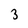
Character: 3